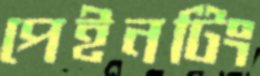
পেইনটিং